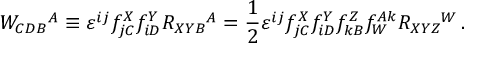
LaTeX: W _ { C D B } { } ^ { A } \equiv \varepsilon ^ { i j } f _ { j C } ^ { X } f _ { i D } ^ { Y } { \cal R } _ { X Y B } { } ^ { A } = \frac 1 2 \varepsilon ^ { i j } f _ { j C } ^ { X } f _ { i D } ^ { Y } f _ { k B } ^ { Z } f _ { W } ^ { A k } R _ { X Y Z } { } ^ { W } \, .